Civil Veterinary Department. Madras. Admin. report 1910-25 - 1910-1925
Year: 1910
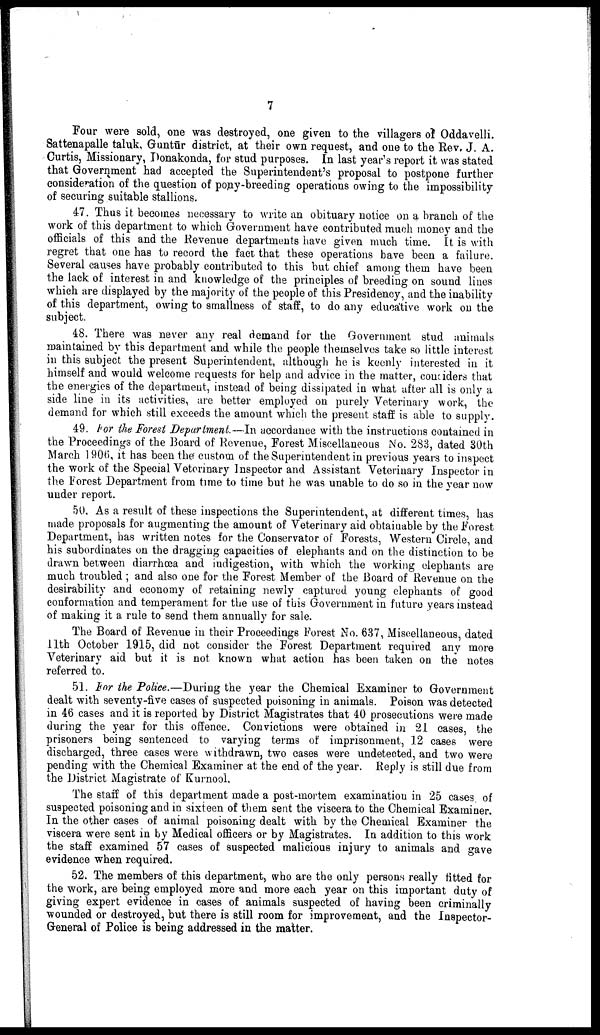
7
Four were sold, one was destroyed, one given to the villagers of Oddavelli.
Sattenapalle taluk, Guntur district, at their own request, and one to the Rev. J. A.
Curtis, Missionary, Donakonda, for stud purposes. In last year's report it was stated
that Government had accepted the Superintendent's proposal to postpone further
consideration of the question of pony-breeding operations owing to the impossibility
of securing suitable stallions.
47. Thus it becomes necessary to write an obituary notice on a branch of the
work of this department to which Government have contributed much money and the
officials of this and the Revenue departments have given much time. It is with
regret that one has to record the fact that these operations have been a failure.
Several causes have probably contributed to this but chief among them have been
the lack of interest in and knowledge of the principles of breeding on sound lines
which are displayed by the majority of the people of this Presidency, and the inability
of this department, owing to smallness of staff, to do any educative work on the
subject.
48. There was never any real demand for the Government stud animals
maintained by this department and while the people themselves take so little interest
in this subject the present Superintendent, although he is keenly interested in it
himself and would welcome requests for help and advice in the matter, considers that
the energies of the department, instead of being dissipated in what after all is only a
side line in its activities, are better employed on purely Veterinary work, the
demand for which still exceeds the amount which the present staff is able to supply.
49. For the Forest Department—In accordance with the instructions contained in
the Proceedings of the Board of Revenue, Forest Miscellaneous No. 283, dated 30th
March 1 906, it has been the custom of the Superintendent in previous years to inspect
the work of the Special Veterinary Inspector and Assistant Veterinary Inspector in
the Forest Department from time to time but he was unable to do so in the year now
under report.
50. As a result of these inspections the Superintendent, at different times, has
made proposals for augmenting the amount of Veterinary aid obtainable by the Forest
Department, has written notes for the Conservator of Forests, Western Circle, and
his subordinates on the dragging capacities of elephants and on the distinction to be
drawn between diarrhoea and indigestion, with which the working elephants are
much troubled; and also one for the Forest Member of the Board of Revenue on the
desirability and economy of retaining newly captured young elephants of good
conformation and temperament for the use of this Government in future years instead
of making it a rule to send them annually for sale.
The Board of Revenue in their Proceedings Forest No. 637, Miscellaneous, dated
11th October 1915, did not consider the Forest Department required any more
Veterinary aid but it is not known what action has been taken on the notes
referred to.
51. For the Police.—During the year the Chemical Examiner to Government
dealt with seventy-five cases of suspected poisoning in animals. Poison was detected
in 46 cases and it is reported by District Magistrates that 40 prosecutions were made
during the year for this offence. Convictions were obtained in 21 oases, the
prisoners being sentenced to varying terms of imprisonment, 12 cases were
discharged, three cases were withdrawn, two cases were undetected, and two were
pending with the Chemical Examiner at the end of the year. Reply is still due from
the District Magistrate of Kurnool.
The staff of this department made a post-mortem examination in 25 cases of
suspected poisoning and in sixteen of them sent the viscera to the Chemical Examiner.
In the other cases of animal poisoning dealt with by the Chemical Examiner the
viscera were sent in by Medical officers or by Magistrates. In addition to this work
the staff examined 57 cases of suspected malicious injury to animals and gave
evidence when required.
52. The members of this department, who are the only persons really fitted for
the work, are being employed more and more each year on this important duty of
giving expert evidence in cases of animals suspected of having been criminally
wounded or destroyed, but there is still room for improvement, and the Inspector-
General of Police is being addressed in the matter.